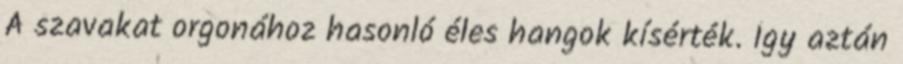
A szavakat orgonához hasonló éles hangok kísérték. Így aztán